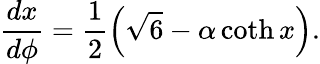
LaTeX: {\frac{dx}{d\phi}=\frac{1}{2}\left(\sqrt{6}-\alpha\coth x\right).}